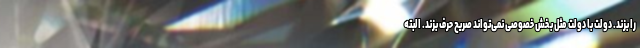
را بزند. دولت با دولت مثل بخش خصوصی نمی‌تواند صریح حرف بزند. البته